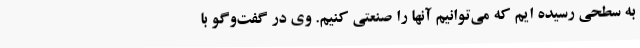
به سطحی رسیده ایم که می‌توانیم آنها را صنعتی کنیم. وی در گفت‌وگو با